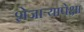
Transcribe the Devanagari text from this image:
शेजाऱ्यापेक्षा